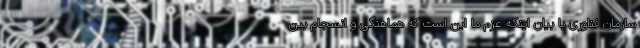
سازمان فناوری با بیان اینکه عزم ما این است که هماهنگی و انسجام بین